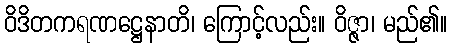
ဝိဒိတကရဏဋ္ဌေနာတိ၊ ကြောင့်လည်း။ ဝိဇ္ဇာ၊ မည်၏။